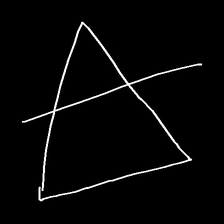
Glyph: empower